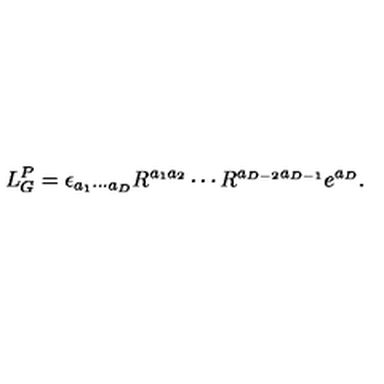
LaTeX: L _ { G } ^ { P } = \epsilon _ { a _ { 1 } \cdots a _ { D } } R ^ { a _ { 1 } a _ { 2 } } \cdots R ^ { a _ { D - 2 } a _ { D - 1 } } e ^ { a _ { D } } .